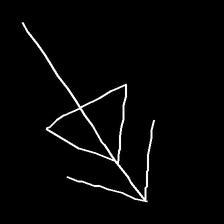
Glyph: pull